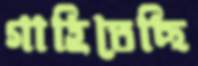
গাহিতেছি